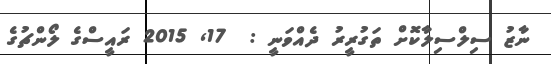
ނާޒު ސިލްސިލާކޮށް ތަގުރީރު ދެއްވަނީ :  17